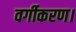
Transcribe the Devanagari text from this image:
वर्गीकरण।